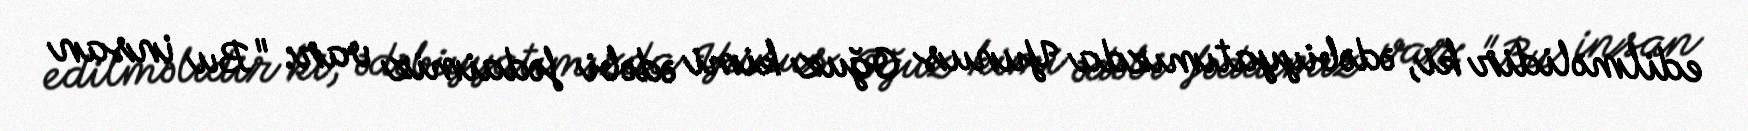
edilməlidir ki, ədəbiyyatımızda Yunus Oğuz kimi ədəbi fədaimiz var: "Bu insan